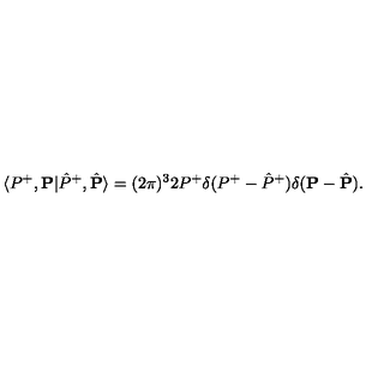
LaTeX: \langle P ^ { + } , { \bf P } | \hat { P } ^ { + } , \hat { \bf P } \rangle = ( 2 \pi ) ^ { 3 } 2 P ^ { + } \delta ( P ^ { + } - \hat { P } ^ { + } ) \delta ( { \bf P } - \hat { \bf P } ) .